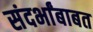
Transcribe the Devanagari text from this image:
संदर्भांबाबत